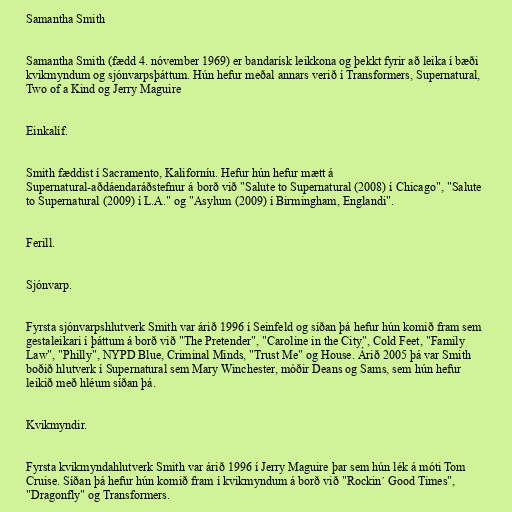
Samantha Smith

Samantha Smith (fædd 4. nóvember 1969) er bandarísk leikkona og þekkt fyrir að leika í bæði
kvikmyndum og sjónvarpsþáttum. Hún hefur meðal annars verið í Transformers, Supernatural,
Two of a Kind og Jerry Maguire

Einkalíf.

Smith fæddist í Sacramento, Kaliforníu. Hefur hún hefur mætt á
Supernatural-aðdáendaráðstefnur á borð við "Salute to Supernatural (2008) í Chicago", "Salute
to Supernatural (2009) í L.A." og "Asylum (2009) í Birmingham, Englandi".

Ferill.

Sjónvarp.

Fyrsta sjónvarpshlutverk Smith var árið 1996 í Seinfeld og síðan þá hefur hún komið fram sem
gestaleikari í þáttum á borð við "The Pretender", "Caroline in the City", Cold Feet, "Family
Law", "Philly", NYPD Blue, Criminal Minds, "Trust Me" og House. Árið 2005 þá var Smith
boðið hlutverk í Supernatural sem Mary Winchester, móðir Deans og Sams, sem hún hefur
leikið með hléum síðan þá.

Kvikmyndir.

Fyrsta kvikmyndahlutverk Smith var árið 1996 í Jerry Maguire þar sem hún lék á móti Tom
Cruise. Síðan þá hefur hún komið fram í kvikmyndum á borð við "Rockin´ Good Times",
"Dragonfly" og Transformers.